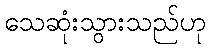
သေဆုံးသွားသည်ဟု